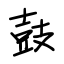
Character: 鼓